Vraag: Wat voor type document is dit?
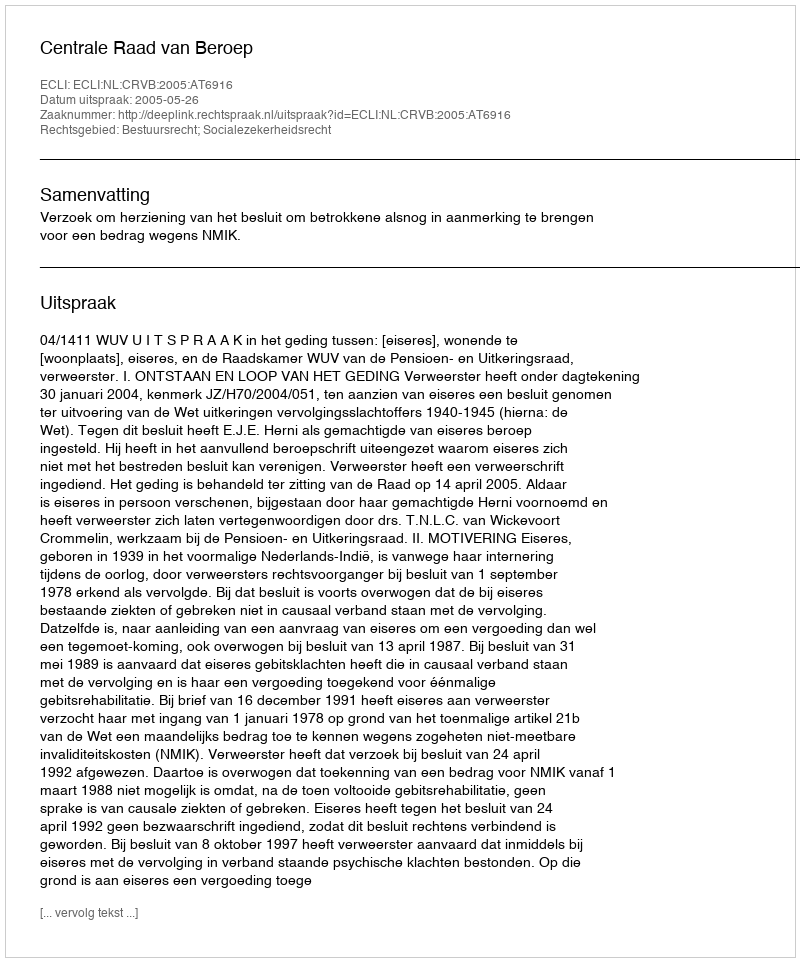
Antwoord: Uitspraak